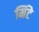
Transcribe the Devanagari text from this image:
मिंटे